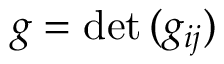
g = \mathrm { d e t } \, ( g _ { i j } )